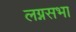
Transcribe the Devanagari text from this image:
लग्नसभा